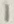
Text: 1